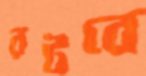
রটবে